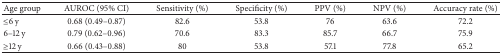
| Age group | AUROC (95% CI) | Sensitivity (%) | Specificity (%) | PPV (%) | NPV (%) | Accuracy rate (%) |
 | --- | --- | --- | --- | --- | --- | --- |
 | ≤6 y | 0.68 (0.49–0.87) | 82.6 | 53.8 | 76 | 63.6 | 72.2 |
 | 6–12 y | 0.79 (0.62–0.96) | 70.6 | 83.3 | 85.7 | 66.7 | 75.9 |
 | ≥12 y | 0.66 (0.43–0.88) | 80 | 53.8 | 57.1 | 77.8 | 65.2 |